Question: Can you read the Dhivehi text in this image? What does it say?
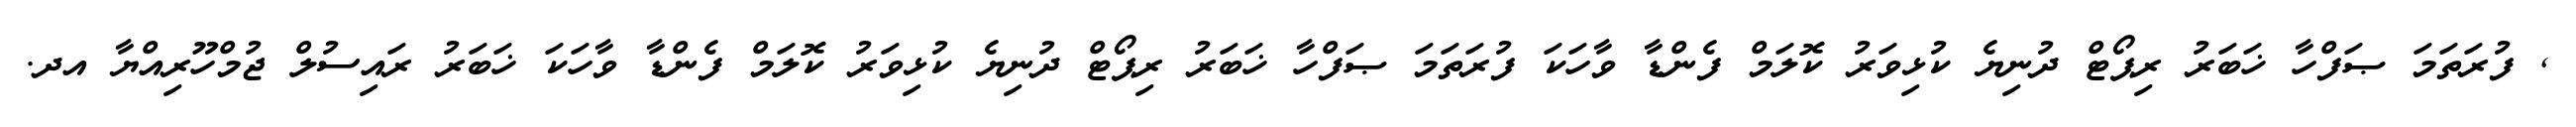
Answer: , ފުރަތަމަ ޞަފްހާ ޚަބަރު ރިޕޯޓް ދުނިޔެ ކުޅިވަރު ކޮލަމް ފެންޑާ ވާހަކަ ފުރަތަމަ ޞަފްހާ ޚަބަރު ރިޕޯޓް ދުނިޔެ ކުޅިވަރު ކޮލަމް ފެންޑާ ވާހަކަ ޚަބަރު ރައިސުލް ޖުމްހޫރިއްޔާ އދ.